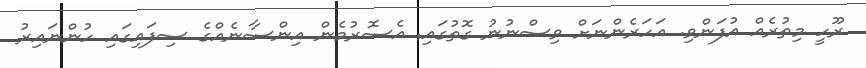
ރޫހީ މިތުރެއް އުފަންވި. އަހަރެންނަށް ވިސްނުނު ގޮތުގައި